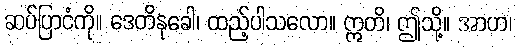
ဆပ်ပြာငံကို။ ဒေတိနုခေါ၊ ထည့်ပါသလော။ ဣတိ၊ ဤသို့။ အာဟ၊